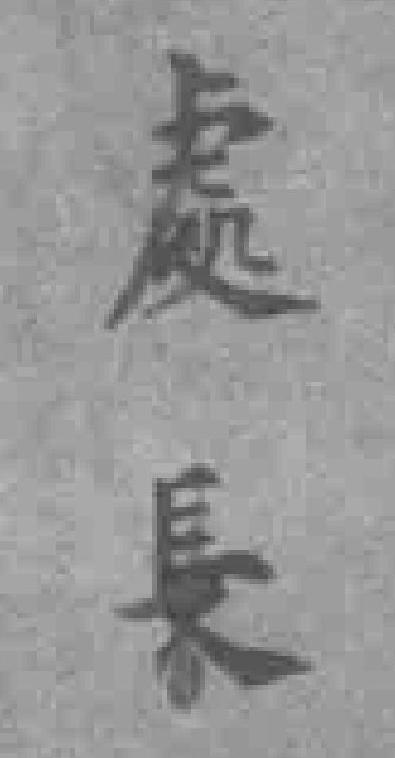
處長